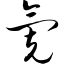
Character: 氪